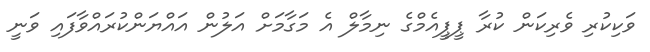
ވަކިކުރި ވެރިކަން ކުރާ ޕީޕީއެމްގެ ނިމާލް އެ މަގާމަށް އަލުން އައްޔަންކުރައްވާފައި ވަނީ